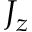
J _ { z }